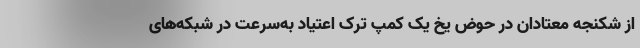
از شکنجه معتادان در حوض یخ یک کمپ ترک اعتیاد به‌سرعت در شبکه‌های